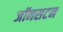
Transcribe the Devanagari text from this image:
जॉनसटन